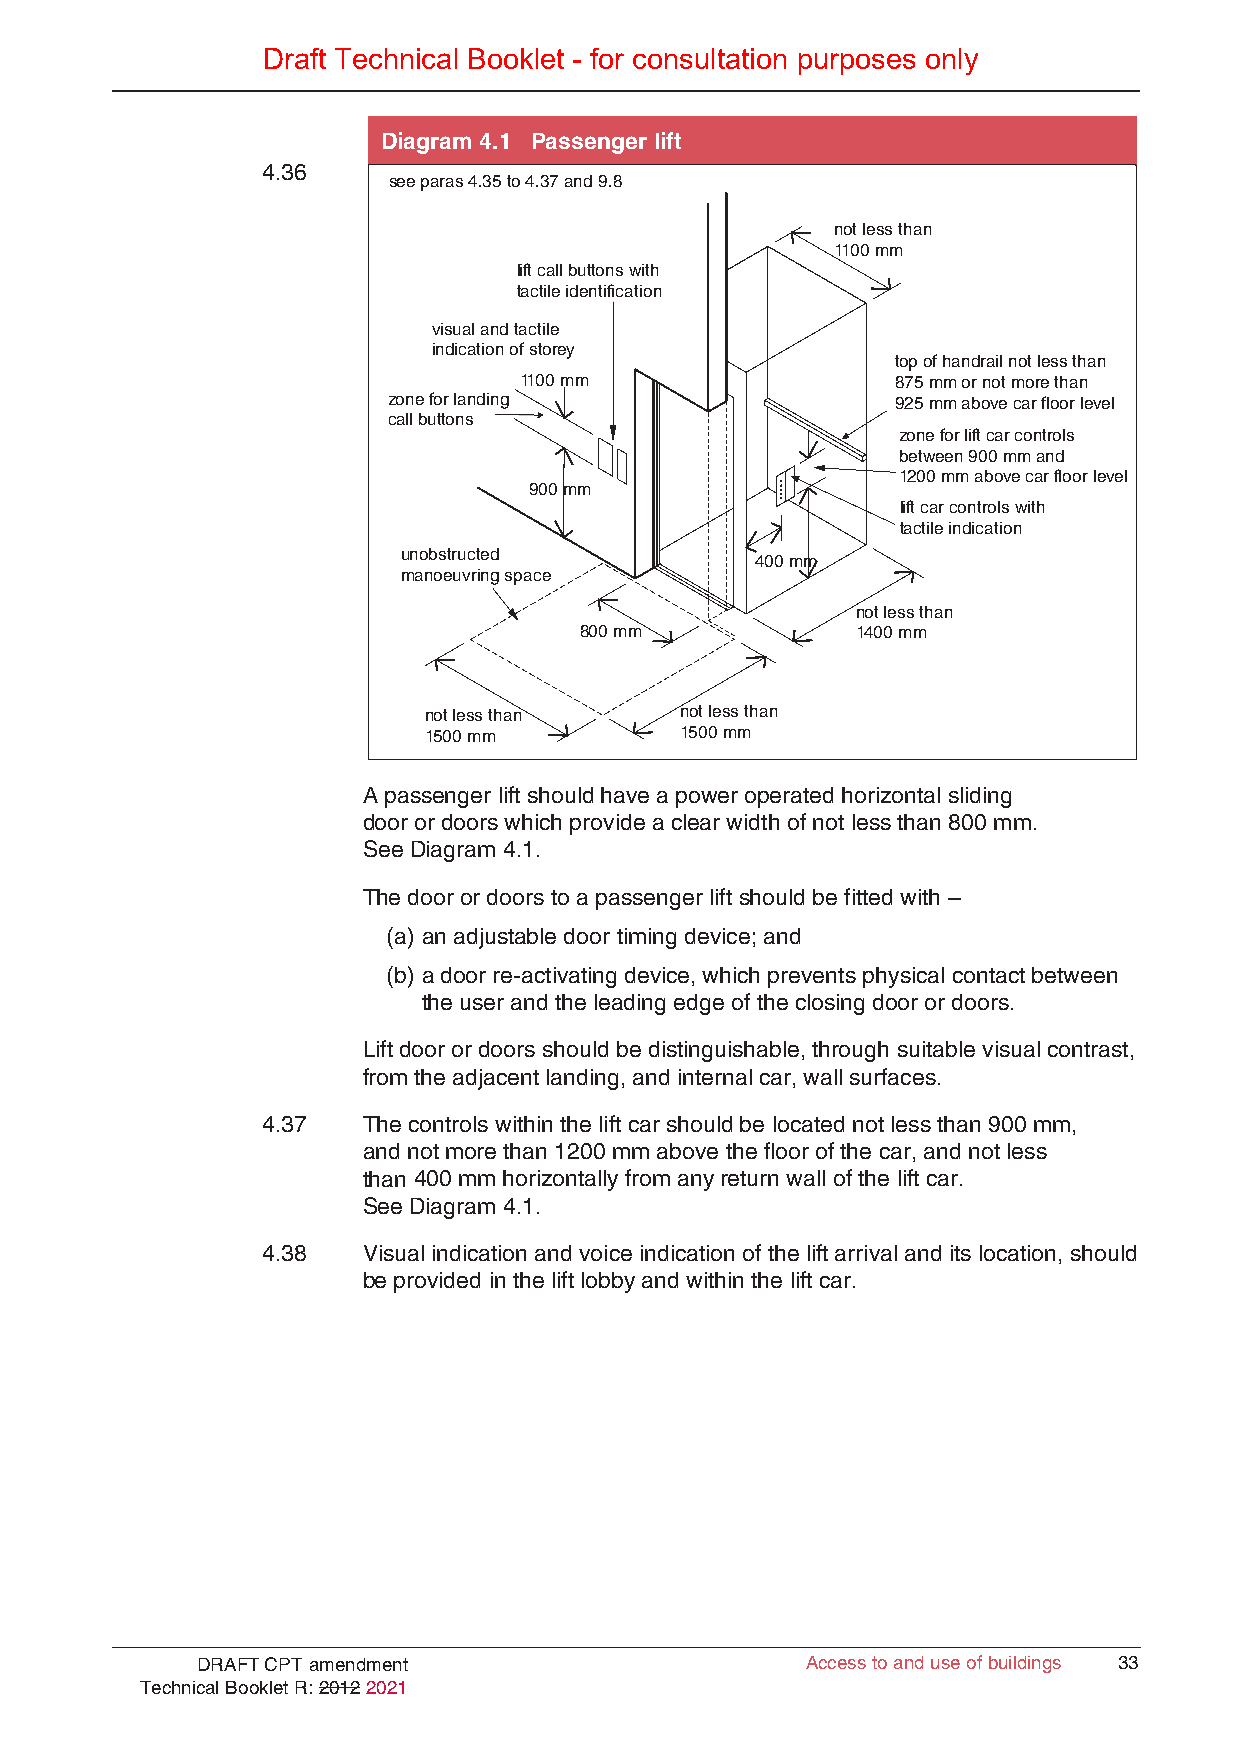
Draft Technical Booklet - for consultation purposes only
 Diagram 4.1 Passenger lift
 4.36
 see paras 4.35 to 4.37 and 9.8
 not less than
 1100 mm
 lift call buttons with
 tactile identification
 visual and tactile
 indication of storey
 top of handrail not less than
 1100 mm                  875 mm or not more than
 zone for landing                 925 mm above car floor level
 call buttons
 zone for lift car controls
 between 900 mm and
 1200 mm above car floor level
 900 mm
 lift car controls with
 tactile indication
 unobstructed
 400 mm
 manoeuvring space
 not less than
 800 mm             1400 mm
 not less than    not less than
 1500 mm          1500 mm
 A passenger lift should have a power operated horizontal sliding
 door or doors which provide a clear width of not less than 800 mm.
 See Diagram 4.1.
 The door or doors to a passenger lift should be fitted with –
 (a) an adjustable door timing device; and
 (b) a door re-activating device, which prevents physical contact between
 the user and the leading edge of the closing door or doors.
 Lift door or doors should be distinguishable, through suitable visual contrast,
 from the adjacent landing, and internal car, wall surfaces.
 4.37   The controls within the lift car should be located not less than 900 mm,
 and not more than 1200 mm above the floor of the car, and not less
 than 400 mm horizontally from any return wall of the lift car.
 See Diagram 4.1.
 4.38   Visual indication and voice indication of the lift arrival and its location, should
 be provided in the lift lobby and within the lift car.
 DRAFT CPT amendment                     AAcccceessss ttoo aanndd uussee ooff bbuuiillddiinnggss 3333
 Technical Booklet R: 2012 2021